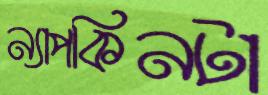
ন্যাপকিনটা